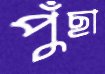
পুঁছা